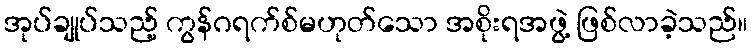
အုပ်ချုပ်သည့် ကွန်ဂရက်စ်မဟုတ်သော အစိုးရအဖွဲ့ ဖြစ်လာခဲ့သည်။